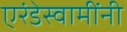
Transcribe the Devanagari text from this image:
एरंडेस्वामींनी